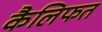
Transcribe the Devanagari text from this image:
कैलिफत